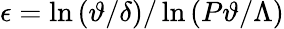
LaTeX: \epsilon=\ln{(\vartheta/\delta)}/\ln{(P\vartheta/\Lambda)}